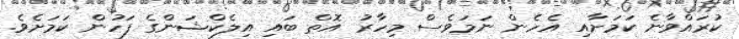
ކުރައްވާނެ ކަމަށާއި އެހެން ނަމަވެސް މިހާރު އޮތް ބައި އިލެކްޝަންގެ ފަހުން ކަމަށެވެ.